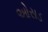
ઓસડ